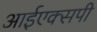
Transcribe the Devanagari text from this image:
आईएक्सपी